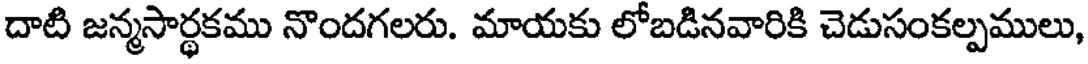
దాటి జన్మసార్థకము నొందగలరు. మాయకు లోబడినవారికి చెడుసంకల్పములు,